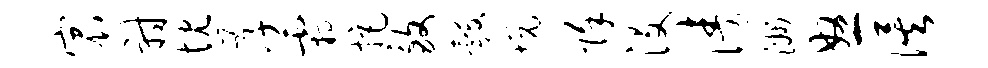
宸射忱孝霜拒致彀悦除没涛洲怒俟